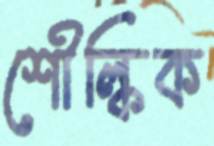
শৌল্কিক